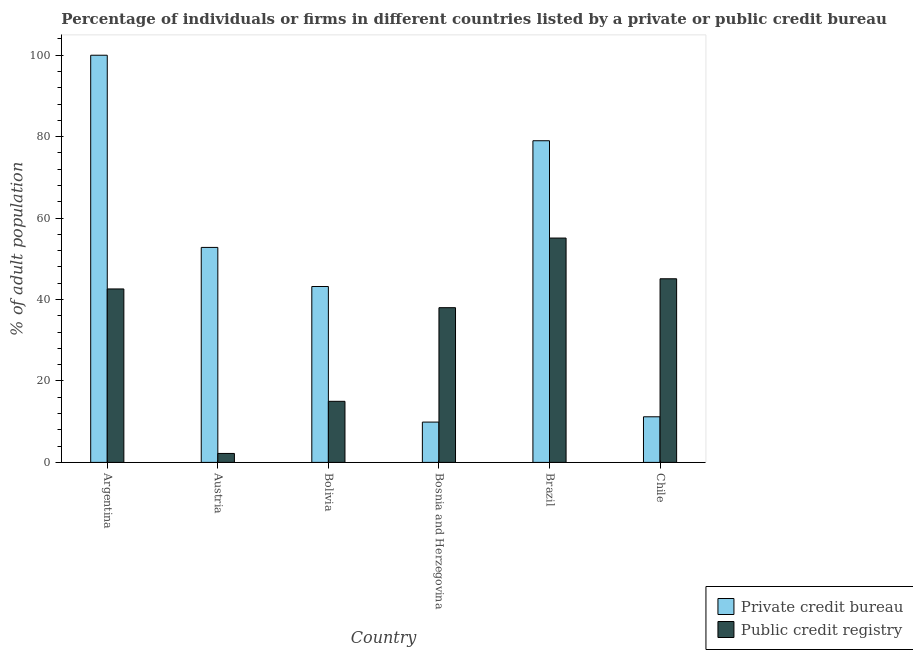
| Country | Private credit bureau | Public credit registry |
 | --- | --- | --- |
 | Argentina | 100 | 42.6 |
 | Austria | 52.8 | 2.2 |
 | Bolivia | 43.2 | 15 |
 | Bosnia and Herzegovina | 9.9 | 38 |
 | Brazil | 79 | 55.1 |
 | Chile | 11.2 | 45.1 |